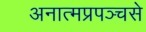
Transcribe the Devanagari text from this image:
अनात्मप्रपञ्चसे